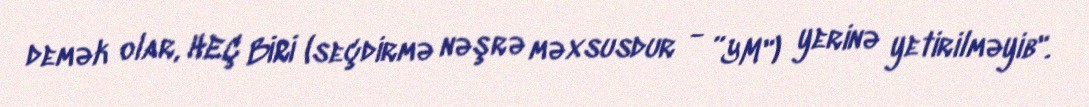
demək olar, HEÇ BİRİ (seçdirmə nəşrə məxsusdur - ”YM") yerinə yetirilməyib".